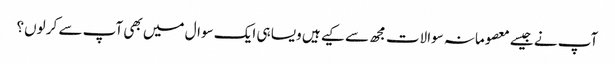
آپ نے جیسے معصومانہ سوالات مجھ سے کیے ہیں ویسا ہی ایک سوال میں بھی آپ سے کر لوں؟